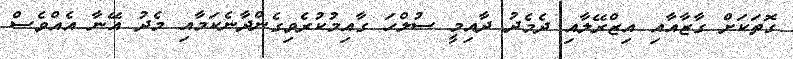
ގޮތަކަށް ގާޒާއާއި އިޒްރޭލާއި ދެމެދު ދާއިމީ ސުލްހަ ގާއިމުކުރެވިގެންދާނެކަމާއި މެދު އޭނާ އެއްވެސް